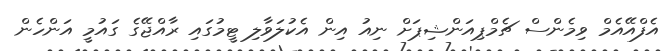
އެފްއޭއެމް ވިމެންސް ޗެމްޕިއަންޝިޕަށް ނިއު އިން އެކުލަވާލި ޓީމުގައި ރާއްޖޭގެ ގައުމީ އަންހެން